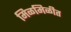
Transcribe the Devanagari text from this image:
मिळमिळीत